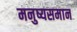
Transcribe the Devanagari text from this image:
मनुष्यसमान